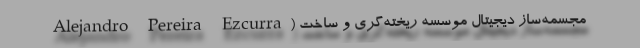
Alejandro Pereira Ezcurra) مجسمه‌ساز دیجیتال موسسه ریخته‌گری و ساخت